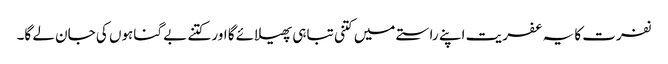
نفرت کا یہ عفریت اپنے راستے میں کتنی تباہی پھیلائے گا اور کتنے بے گناہوں کی جان لے گا۔